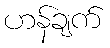
ဟန်ချက်